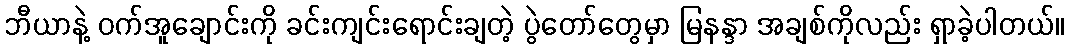
ဘီယာနဲ့ ဝက်အူချောင်းကို ခင်းကျင်းရောင်းချတဲ့ ပွဲတော်တွေမှာ မြနန္ဒာ အချစ်ကိုလည်း ရှာခဲ့ပါတယ်။